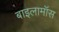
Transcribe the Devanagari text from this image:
बाइलामॉस